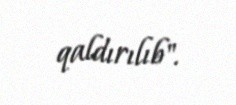
qaldırılıb".